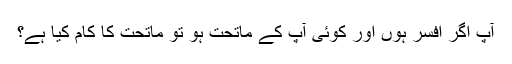
آپ اگر افسر ہوں اور کوئی آپ کے ماتحت ہو تو ماتحت کا کام کیا ہے؟